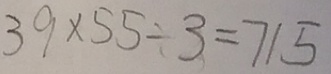
3 9 \times 5 5 \div 3 = 7 1 5